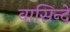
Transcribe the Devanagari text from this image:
वासिन्दे